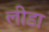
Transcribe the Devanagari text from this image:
लीडा